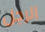
الرجل